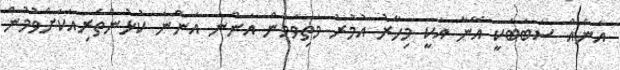
އަނެއް ސަބަބަކީ އޭނާ އަކީ މިހާރު އުމުރު މަތިވަމުން އަންނަ އަންނަ ކުޅުންތެރިއަކަށްވުމުން